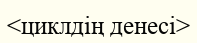
<циклдің денесі>